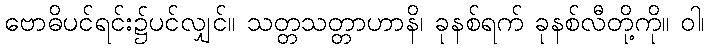
ဗောဓိပင်ရင်း၌ပင်လျှင်။ သတ္တသတ္တာဟာနိ၊ ခုနစ်ရက် ခုနစ်လီတို့ကို။ ဝါ၊